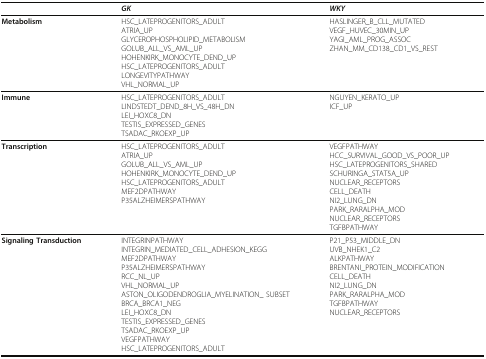
<table><thead><tr><td></td><td><b><i>GK</i></b></td><td><b><i>WKY</i></b></td></tr></thead><tbody><tr><td><b>Metabolism</b></td><td>HSC_LATEPROGENITORS_ADULTATRIA_UPGLYCEROPHOSPHOLIPID_METABOLISMGOLUB_ALL_VS_AML_UPHOHENKIRK_MONOCYTE_DEND_UPHSC_LATEPROGENITORS_ADULTLONGEVITYPATHWAYVHL_NORMAL_UP</td><td>HASLINGER_B_CLL_MUTATEDVEGF_HUVEC_30MIN_UPYAGI_AML_PROG_ASSOCZHAN_MM_CD138_CD1_VS_REST</td></tr><tr><td><b>Immune</b></td><td>HSC_LATEPROGENITORS_ADULTLINDSTEDT_DEND_8H_VS_48H_DNLEI_HOXC8_DNTESTIS_EXPRESSED_GENESTSADAC_RKOEXP_UP</td><td>NGUYEN_KERATO_UPICF_UP</td></tr><tr><td><b>Transcription</b></td><td>HSC_LATEPROGENITORS_ADULTATRIA_UPGOLUB_ALL_VS_AML_UPHOHENKIRK_MONOCYTE_DEND_UPHSC_LATEPROGENITORS_ADULTMEF2DPATHWAYP35ALZHEIMERSPATHWAY</td><td>VEGFPATHWAYHCC_SURVIVAL_GOOD_VS_POOR_UPHSC_LATEPROGENITORS_SHAREDSCHURINGA_STAT5A_UPNUCLEAR_RECEPTORSCELL_DEATHNI2_LUNG_DNPARK_RARALPHA_MODNUCLEAR_RECEPTORSTGFBPATHWAY</td></tr><tr><td><b>Signaling Transduction</b></td><td>INTEGRINPATHWAYINTEGRIN_MEDIATED_CELL_ADHESION_KEGGMEF2DPATHWAYP35ALZHEIMERSPATHWAYRCC_NL_UPVHL_NORMAL_UPASTON_OLIGODENDROGLIA_MYELINATION_ SUBSETBRCA_BRCA1_NEGLEI_HOXC8_DNTESTIS_EXPRESSED_GENESTSADAC_RKOEXP_UPVEGFPATHWAYHSC_LATEPROGENITORS_ADULT</td><td>P21_P53_MIDDLE_DNUVB_NHEK1_C2ALKPATHWAYBRENTANI_PROTEIN_MODIFICATIONCELL_DEATHNI2_LUNG_DNPARK_RARALPHA_MODTGFBPATHWAYNUCLEAR_RECEPTORS</td></tr></tbody></table>